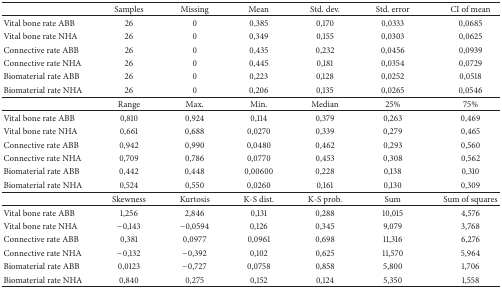
<table><thead><tr><td><b> </b></td><td><b>Samples</b></td><td><b>Missing</b></td><td><b>Mean</b></td><td><b>Std. dev.</b></td><td><b>Std. error</b></td><td><b>CI of mean</b></td></tr></thead><tbody><tr><td>Vital bone rate ABB</td><td>26</td><td>0</td><td>0,385</td><td>0,170</td><td>0,0333</td><td>0,0685</td></tr><tr><td>Vital bone rate NHA</td><td>26</td><td>0</td><td>0,349</td><td>0,155</td><td>0,0303</td><td>0,0625</td></tr><tr><td>Connective rate ABB</td><td>26</td><td>0</td><td>0,435</td><td>0,232</td><td>0,0456</td><td>0,0939</td></tr><tr><td>Connective rate NHA</td><td>26</td><td>0</td><td>0,445</td><td>0,181</td><td>0,0354</td><td>0,0729</td></tr><tr><td>Biomaterial rate ABB</td><td>26</td><td>0</td><td>0,223</td><td>0,128</td><td>0,0252</td><td>0,0518</td></tr><tr><td>Biomaterial rate NHA</td><td>26</td><td>0</td><td>0,206</td><td>0,135</td><td>0,0265</td><td>0,0546</td></tr><tr><td> </td><td>Range</td><td>Max.</td><td>Min.</td><td>Median</td><td>25%</td><td>75%</td></tr><tr><td>Vital bone rate ABB</td><td>0,810</td><td>0,924</td><td>0,114</td><td>0,379</td><td>0,263</td><td>0,469</td></tr><tr><td>Vital bone rate NHA</td><td>0,661</td><td>0,688</td><td>0,0270</td><td>0,339</td><td>0,279</td><td>0,465</td></tr><tr><td>Connective rate ABB</td><td>0,942</td><td>0,990</td><td>0,0480</td><td>0,462</td><td>0,293</td><td>0,560</td></tr><tr><td>Connective rate NHA</td><td>0,709</td><td>0,786</td><td>0,0770</td><td>0,453</td><td>0,308</td><td>0,562</td></tr><tr><td>Biomaterial rate ABB</td><td>0,442</td><td>0,448</td><td>0,00600</td><td>0,228</td><td>0,138</td><td>0,310</td></tr><tr><td>Biomaterial rate NHA</td><td>0,524</td><td>0,550</td><td>0,0260</td><td>0,161</td><td>0,130</td><td>0,309</td></tr><tr><td> </td><td>Skewness</td><td>Kurtosis</td><td>K-S dist.</td><td>K-S prob.</td><td>Sum</td><td>Sum of squares</td></tr><tr><td>Vital bone rate ABB</td><td>1,256</td><td>2,846</td><td>0,131</td><td>0,288</td><td>10,015</td><td>4,576</td></tr><tr><td>Vital bone rate NHA</td><td>−0,143</td><td>−0,0594</td><td>0,126</td><td>0,345</td><td>9,079</td><td>3,768</td></tr><tr><td>Connective rate ABB</td><td>0,381</td><td>0,0977</td><td>0,0961</td><td>0,698</td><td>11,316</td><td>6,276</td></tr><tr><td>Connective rate NHA</td><td>−0,132</td><td>−0,392</td><td>0,102</td><td>0,625</td><td>11,570</td><td>5,964</td></tr><tr><td>Biomaterial rate ABB</td><td>0,0123</td><td>−0,727</td><td>0,0758</td><td>0,858</td><td>5,800</td><td>1,706</td></tr><tr><td>Biomaterial rate NHA</td><td>0,840</td><td>0,275</td><td>0,152</td><td>0,124</td><td>5,350</td><td>1,558</td></tr></tbody></table>